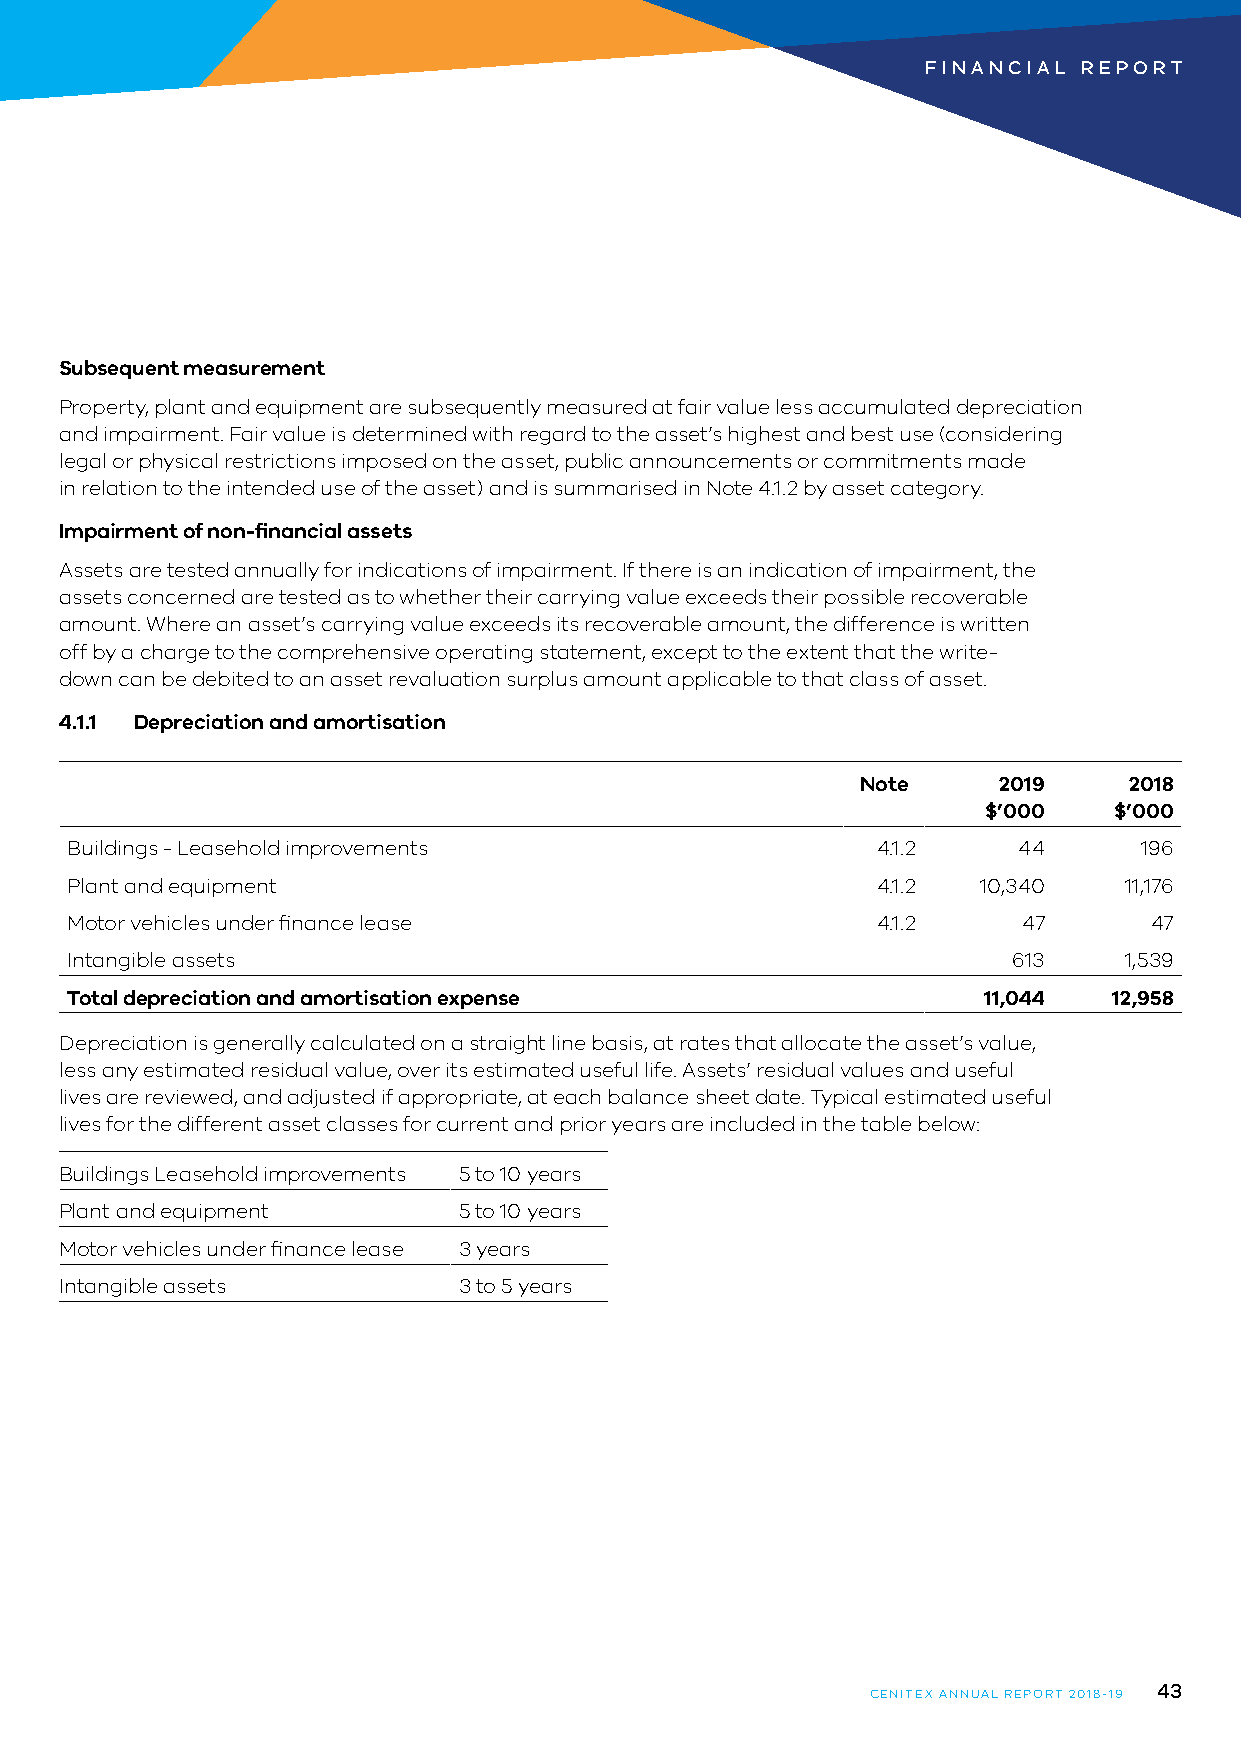
FINANCIAL  REPORT
 Subsequent measurement
 Property, plant and equipment are subsequently measured at fair value less accumulated depreciation
 and impairment. Fair value is determined with regard to the asset’s highest and best use (considering
 legal or physical restrictions imposed on the asset, public announcements or commitments made
 in relation to the intended use of the asset) and is summarised in Note 4.1.2 by asset category.
 Impairment of non-financial assets
 Assets are tested annually for indications of impairment. If there is an indication of impairment, the
 assets concerned are tested as to whether their carrying value exceeds their possible recoverable
 amount. Where an asset’s carrying value exceeds its recoverable amount, the difference is written
 off by a charge to the comprehensive operating statement, except to the extent that the write-
 down can be debited to an asset revaluation surplus amount applicable to that class of asset.
 4.1.1 Depreciation and amortisation
 Note     2019     2018
 $’000    $’000
 Buildings - Leasehold improvements                    4.1.2    44      196
 Plant and equipment                                   4.1.2  10,340   11,176
 Motor vehicles under finance lease                    4.1.2     47      47
 Intangible assets                                              613    1,539
 Total depreciation and amortisation expense                  11,044   12,958
 Depreciation is generally calculated on a straight line basis, at rates that allocate the asset’s value,
 less any estimated residual value, over its estimated useful life. Assets’ residual values and useful
 lives are reviewed, and adjusted if appropriate, at each balance sheet date. Typical estimated useful
 lives for the different asset classes for current and prior years are included in the table below:
 Buildings Leasehold improvements 5 to 10 years
 Plant and equipment       5 to 10 years
 Motor vehicles under finance lease 3 years
 Intangible assets         3 to 5 years
 43
 CENITEX ANNUAL REPORT 2018-19